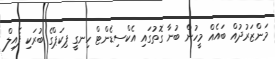
މަންޒަރުދުއް ބައެއް މީހުން ބުނާ ގޮތުގައި އެކްސިޑެންޓް ހިނގީ ޕިކަޕްގެ ބުރަކި ފެއިލް